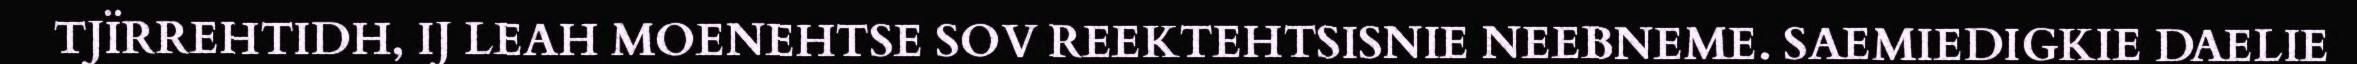
TJÏRREHTIDH, IJ LEAH MOENEHTSE SOV REEKTEHTSISNIE NEEBNEME. SAEMIEDIGKIE DAELIE